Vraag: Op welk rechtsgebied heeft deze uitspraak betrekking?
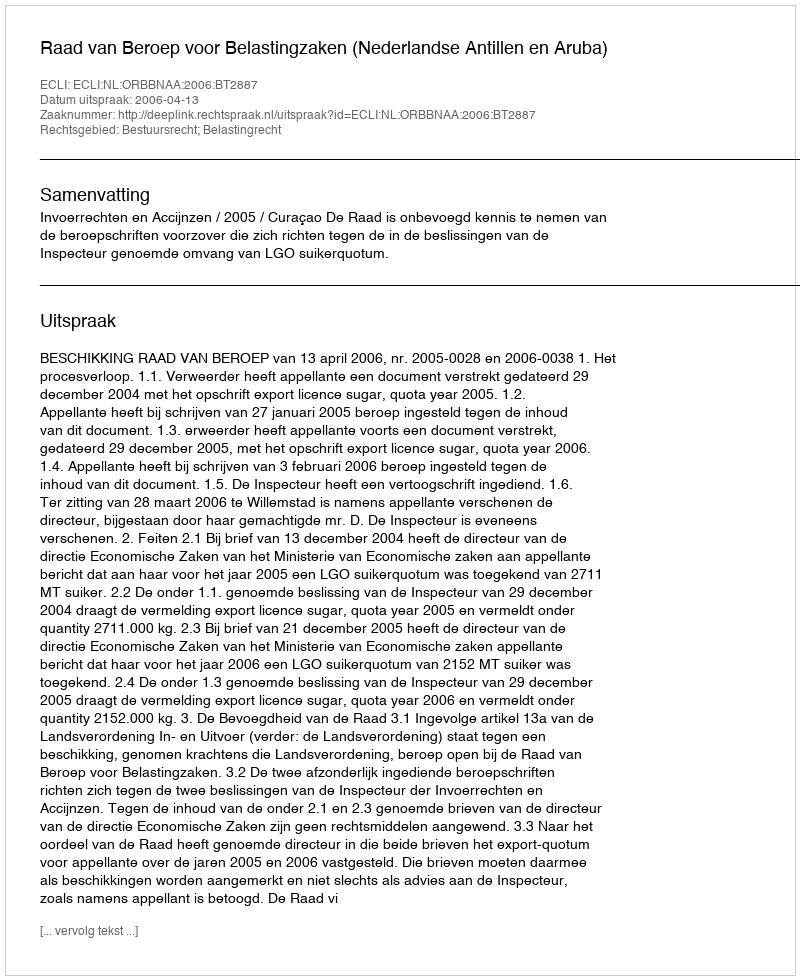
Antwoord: Bestuursrecht; Belastingrecht